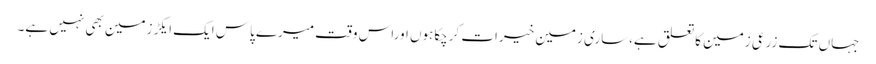
جہاں تک زرعی زمین کاتعلق ہے،ساری زمین خیرات کرچکاہوں اوراس وقت میرے پاس ایک ایکڑزمین بھی نہیں ہے۔